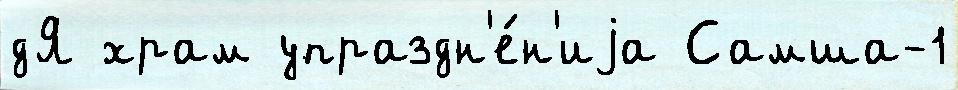
дЯ храм упраздн'е́н'иjа Самша-1